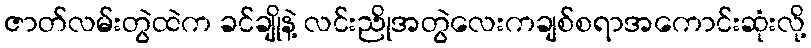
ဇာတ်လမ်းတွဲထဲက ခင်ချိုနဲ့ လင်းညိုအတွဲလေးကချစ်စရာအကောင်းဆုံးလို့